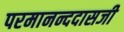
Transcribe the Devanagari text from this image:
परमानन्ददासजी